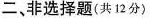
二、非选择题(共12分)